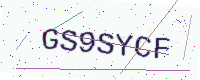
Text: GS9SYCF